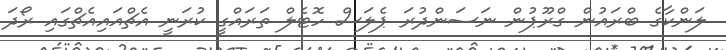
ލަންކާގެ ބްރައުން ގްރޫޕުން ނަސަންދުރަ ޕެލަސް ހޮޓެލް ތަރައްގީ ކުރަނީ އެޗްއައިއެޗްގައި ރޯދަ